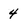
Character: 4